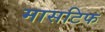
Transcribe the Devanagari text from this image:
मासटिफ